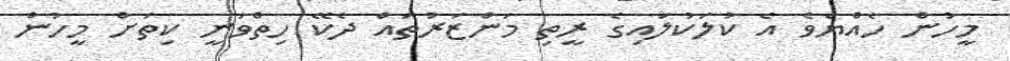
މީހުން ހެއްޔެވެ އެ ކުލަކުލައިގެ ރީތި މަންޒަރުތައް ދެކޭ ހިތްވަނީ ކިތަށް މީހުން